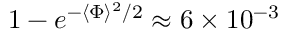
1 - e ^ { - \langle \Phi \rangle ^ { 2 } / 2 } \approx 6 \times 1 0 ^ { - 3 }